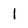
Character: 1